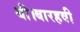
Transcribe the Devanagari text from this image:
थी।बारहवी